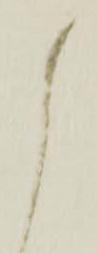
御